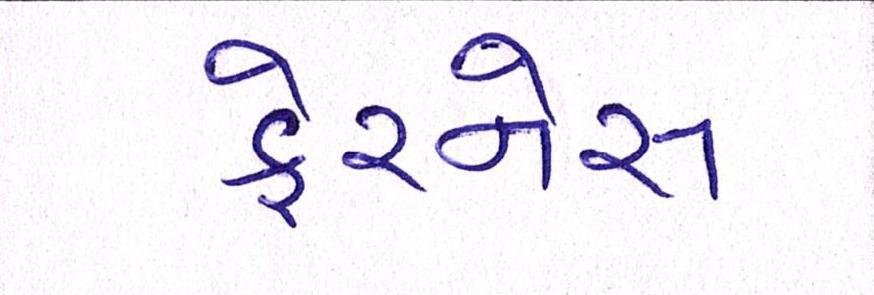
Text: ફેરનેસ